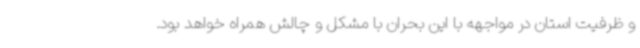
و ظرفیت استان در مواجهه با این بحران با مشکل و چالش همراه خواهد بود.